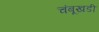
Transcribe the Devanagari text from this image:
चंबूखडी